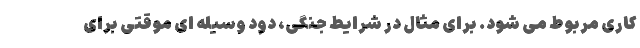
کاری مربوط می شود. برای مثال در شرایط جنگی، دود وسیله ای موقتی برای